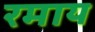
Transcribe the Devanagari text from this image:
रमाय